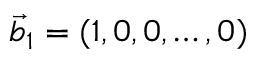
\Vec { b } _ { 1 } = ( 1 , 0 , 0 , \ldots , 0 )